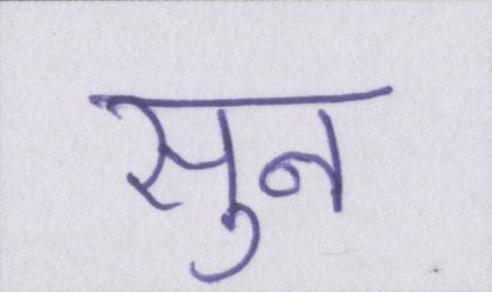
सुन